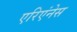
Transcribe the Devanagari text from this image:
एरिएंनेस